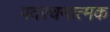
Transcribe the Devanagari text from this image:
पदरचनात्मक